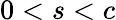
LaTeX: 0<s<c